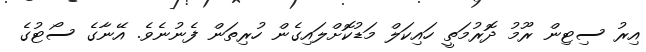
އިރު ސިޓިން ރޫމު ދޮރުމަތީ ހައިކަލް މަޑުކޮށްލައިގެން ހުރިތަން ފެނުނެވެ. އޭނާގެ ސޯޓުގެ